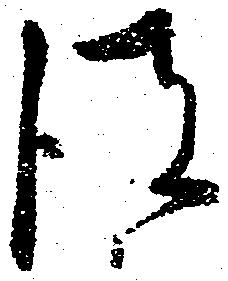
彼